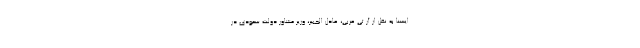
ایسنا به نقل از آر تی عربی، عادل الجبیر، وزیر مشاور دولت سعودی در